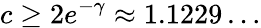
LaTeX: c\geq 2e^{-\gamma}\approx 1.1229\ldots